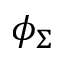
\phi _ { \Sigma }